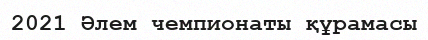
2021 Əлем чемпионаты құрамасы